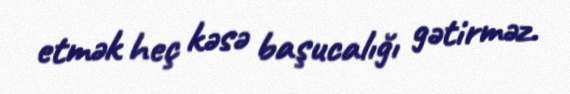
etmək heç kəsə başucalığı gətirməz.